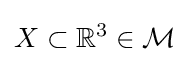
X\subset {\mathbb {R} }^{3}\in {\mathcal {M}}